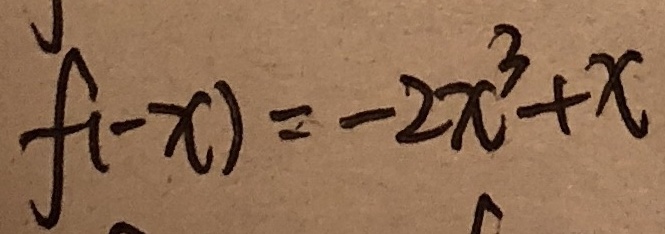
f ( - x ) = - 2 x ^ { 3 } + x